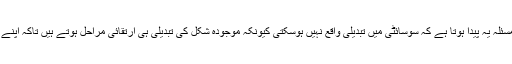
ایسی سوسائٹی جہاں لوگ سیاسی طور پر درست رہنا چاہتے ہیں وہاں ایک مسئلہ یہ پیدا ہوتا ہے کہ سوسائٹی میں تبدیلی واقع نہیں ہوسکتی کیونکہ موجودہ شکل کی تبدیلی ہی ارتقائی مراحل ہوتے ہیں تاکہ اپنے نقطۂ آغاز پیش کرنے کے عمل میں گرم جوشی کو ختم کرنا ضروری ہے۔